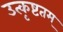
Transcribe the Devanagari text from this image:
उत्कृष्टतम्